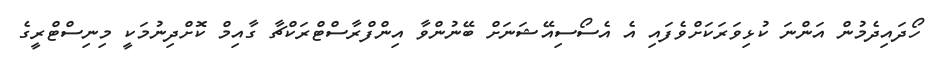
ހޯދައިދެމުން އަންނަ ކުޅިވަރަކަށްވެފައި އެ އެސޯސިއޭޝަނަށް ބޭނުންވާ އިންފްރާސްޓްރަކްޗާ ގާއިމް ކޮށްދިނުމަކީ މިނިސްޓްރީގެ